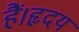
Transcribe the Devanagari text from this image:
हैं।हृदय